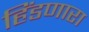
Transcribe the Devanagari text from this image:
हिंडणारा